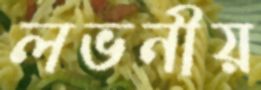
লভনীয়